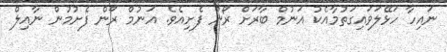
ނައިހާ ހަޅޭލަވައިގަތުމާއެކު އަނުމް ބާރަށް ރޯން ފެށިއެވެ. އަނުމް ރޯން ފެށުމުން ނާއިލް